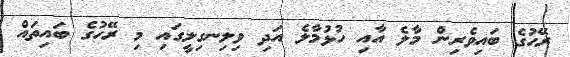
ރޭހުގެ ބައިވެރިން މާލެ އާއި ހުޅުމާލެ އަދި ވިލިނގިލީގައި މި ރޭހުގެ ބައިތައް